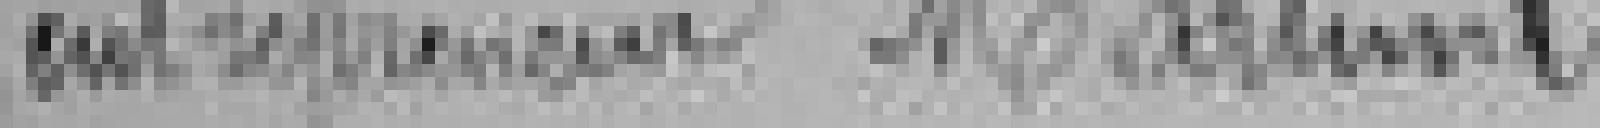
entrepreneur Martineli